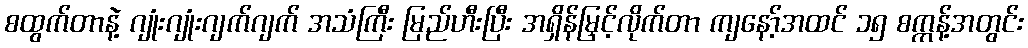
စထွက်တာနဲ့ ဂျုံးဂျုံးဂျက်ဂျက် အသံကြီး မြည်ဟီးပြီး အရှိန်မြှင့်လိုက်တာ ကျနော့်အထင် ၁၅ စက္ကန့်အတွင်း